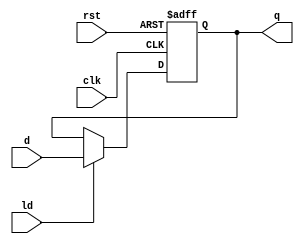
`timescale 1ns / 1ps
//////////////////////////////////////////////////////////////////////////////////
// Company: 
// Engineer: 
// 
// Design Name: 
// Module Name: reg_16bit
// Project Name: 
// Target Devices: 
// Tool Versions: 
// Description: 
// 
// Dependencies: 
// 
// Revision:
// Revision 0.01 - File Created
// Additional Comments:
// 
//////////////////////////////////////////////////////////////////////////////////


module reg_16bit(input clk, rst, ld, input [15:0] d, output reg [15:0] q);

always @(posedge clk, posedge rst)
if(rst)
q <= 16'b0;
 
else if(ld)
q <= d; //if load is high

else 
q <= q; //default 
endmodule